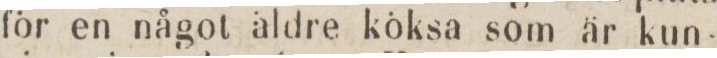
för en något äldre köksa som är kun-